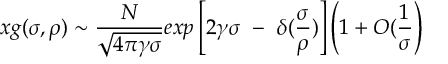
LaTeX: x g ( \sigma , \rho ) \sim { \frac { N } { \sqrt { 4 \pi \gamma \sigma } } } e x p \left[ 2 \gamma \sigma ~ - ~ \delta ( { \frac { \sigma } { \rho } } ) \right] \left( 1 + O ( { \frac { 1 } { \sigma } } \right)